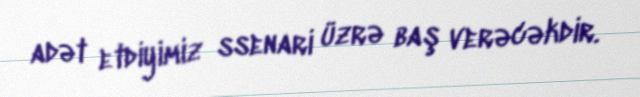
adət etdiyimiz ssenari üzrə baş verəcəkdir.